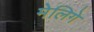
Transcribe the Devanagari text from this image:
मेलिगे